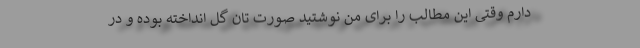
دارم وقتی این مطالب را برای من نوشتید صورت تان گل انداخته بوده و در